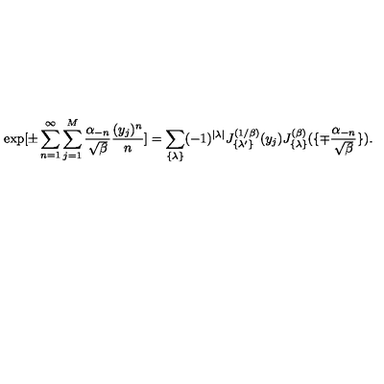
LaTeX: \exp [ \pm \sum _ { n = 1 } ^ { \infty } \sum _ { j = 1 } ^ { M } { \frac { \alpha _ { - n } } { \sqrt { \beta } } } { \frac { ( y _ { j } ) ^ { n } } { n } } ] = \sum _ { \{ \lambda \} } ( - 1 ) ^ { | \lambda | } J _ { \{ \lambda ^ { \prime } \} } ^ { ( 1 / \beta ) } ( y _ { j } ) J _ { \{ \lambda \} } ^ { ( \beta ) } ( \{ \mp { \frac { \alpha _ { - n } } { \sqrt { \beta } } } \} ) .